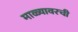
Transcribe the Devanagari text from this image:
माळ्यावरची